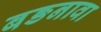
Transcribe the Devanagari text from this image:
बङनावा